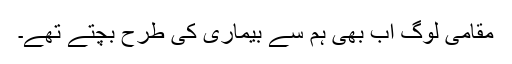
مقامی لوگ اب بھی ہم سے بیماری کی طرح بچتے تھے۔